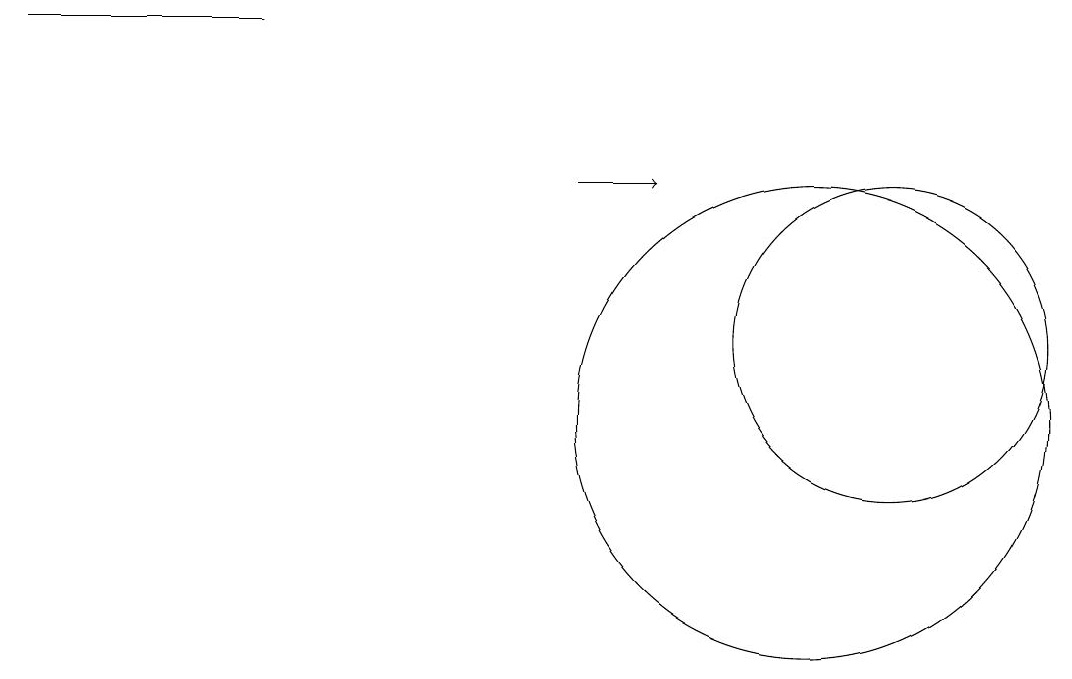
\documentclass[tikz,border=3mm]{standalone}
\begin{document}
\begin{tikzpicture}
\draw (0,15) rectangle (3,15);
\draw[->] (7,13) -- (8,13);
\draw (10,10) circle (3);
\draw (11,11) circle (2);
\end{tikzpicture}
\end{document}